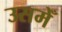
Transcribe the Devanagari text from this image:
उसमेँ